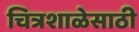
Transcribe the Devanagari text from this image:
चित्रशाळेसाठी